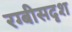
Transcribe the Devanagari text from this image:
रग्बीसदृश